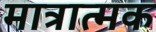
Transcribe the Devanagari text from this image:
मात्रात्‍मक